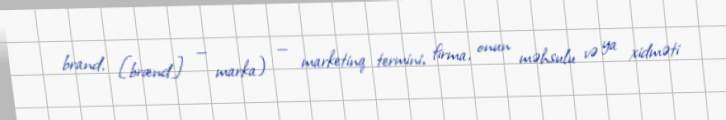
brand, [brænd] — marka) — marketinq termini, firma, onun məhsulu və ya xidməti